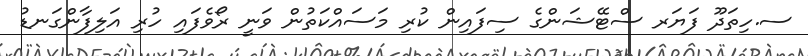
ސ.ހިތަދޫ ފަޔަރ ސްޓޭޝަންގެ ސިފައިން ކުރި މަސައްކަތުން ވަނީ ރޯވެފައި ހުރި އަލިފާންގަނޑު